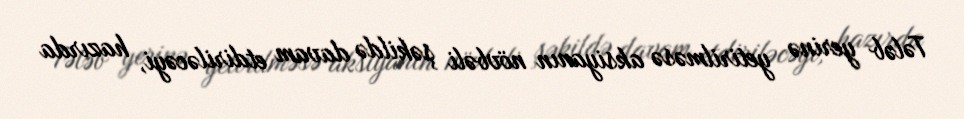
Tələb yerinə yetirilməsə aksiyanın növbəli şəkildə davam etdiriləcəyi, hazırda